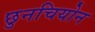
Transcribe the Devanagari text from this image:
छुनचियोन